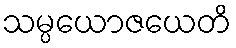
သမ္ပယောဇယေတိ